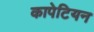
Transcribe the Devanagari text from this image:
कापेटियन